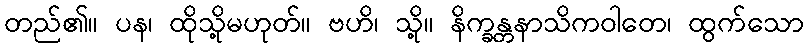
တည်၏။ ပန၊ ထိုသို့မဟုတ်။ ဗဟိ၊ သို့။ နိက္ခန္တနာသိကဝါတေ၊ ထွက်သော